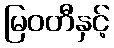
မြဝတီနှင့်